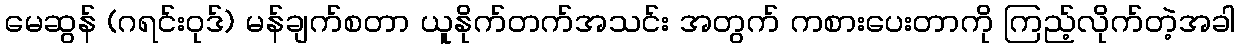
မေဆွန် (ဂရင်းဝုဒ်) မန်ချက်စတာ ယူနိုက်တက်အသင်း အတွက် ကစားပေးတာကို ကြည့်လိုက်တဲ့အခါ